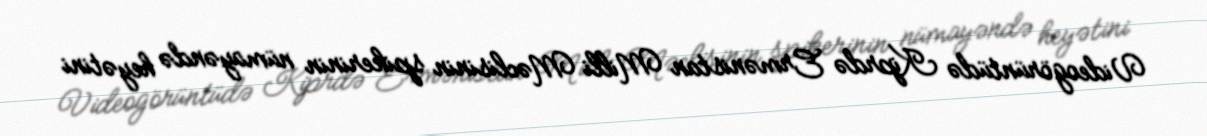
Videogörüntüdə Kiprdə Ermənistan Milli Məclisinin spikerinin nümayəndə heyətini